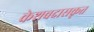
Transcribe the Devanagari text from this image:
केशवदासकृत